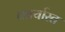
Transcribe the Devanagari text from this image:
कार्यारत